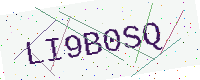
Text: LI9B0SQ